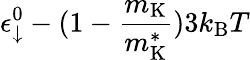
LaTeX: \epsilon_{\downarrow}^{0}-(1-\frac{m_{\mathrm{K}}}{m_{\mathrm{K}}^{*}})3k_{\mathrm{B}}T